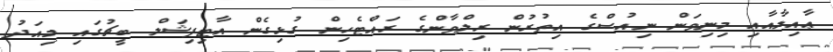
ޢާއިލާއާއި މިނިވަން ނިއުސްގެ އިތުރުން ރިލްވާންގެ ރައްޓެހިން ގުޅިގެން އާޓިފިޝަލް ބީޗުގައި މިއަދު